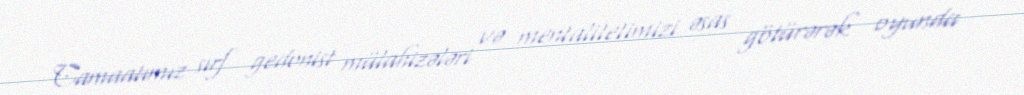
Camaatımız sırf gedonist mülahizələri və mentalitetimizi əsas götürərək oyunda